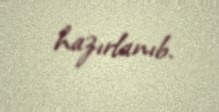
hazırlanıb.